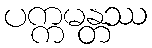
ပက္ကမန္တဿ